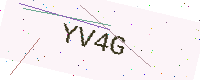
Text: YV4G